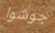
جوشوا